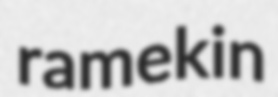
ramekin